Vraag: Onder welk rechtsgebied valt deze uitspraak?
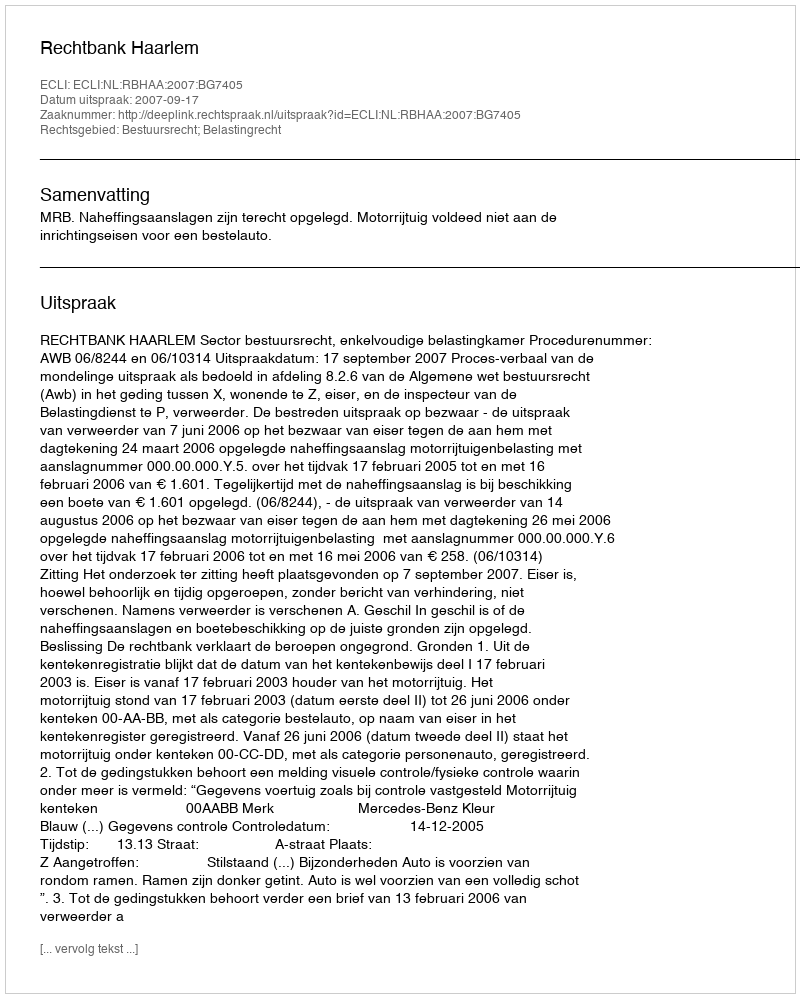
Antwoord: Bestuursrecht; Belastingrecht